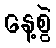
နေ့စွဲ